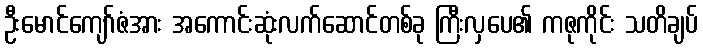
ဦးမောင်ကျော်ဇံအား အကောင်းဆုံးလက်ဆောင်တစ်ခု ကြီးလှပေ၏ ကဇုကိုင်း သတိချပ်